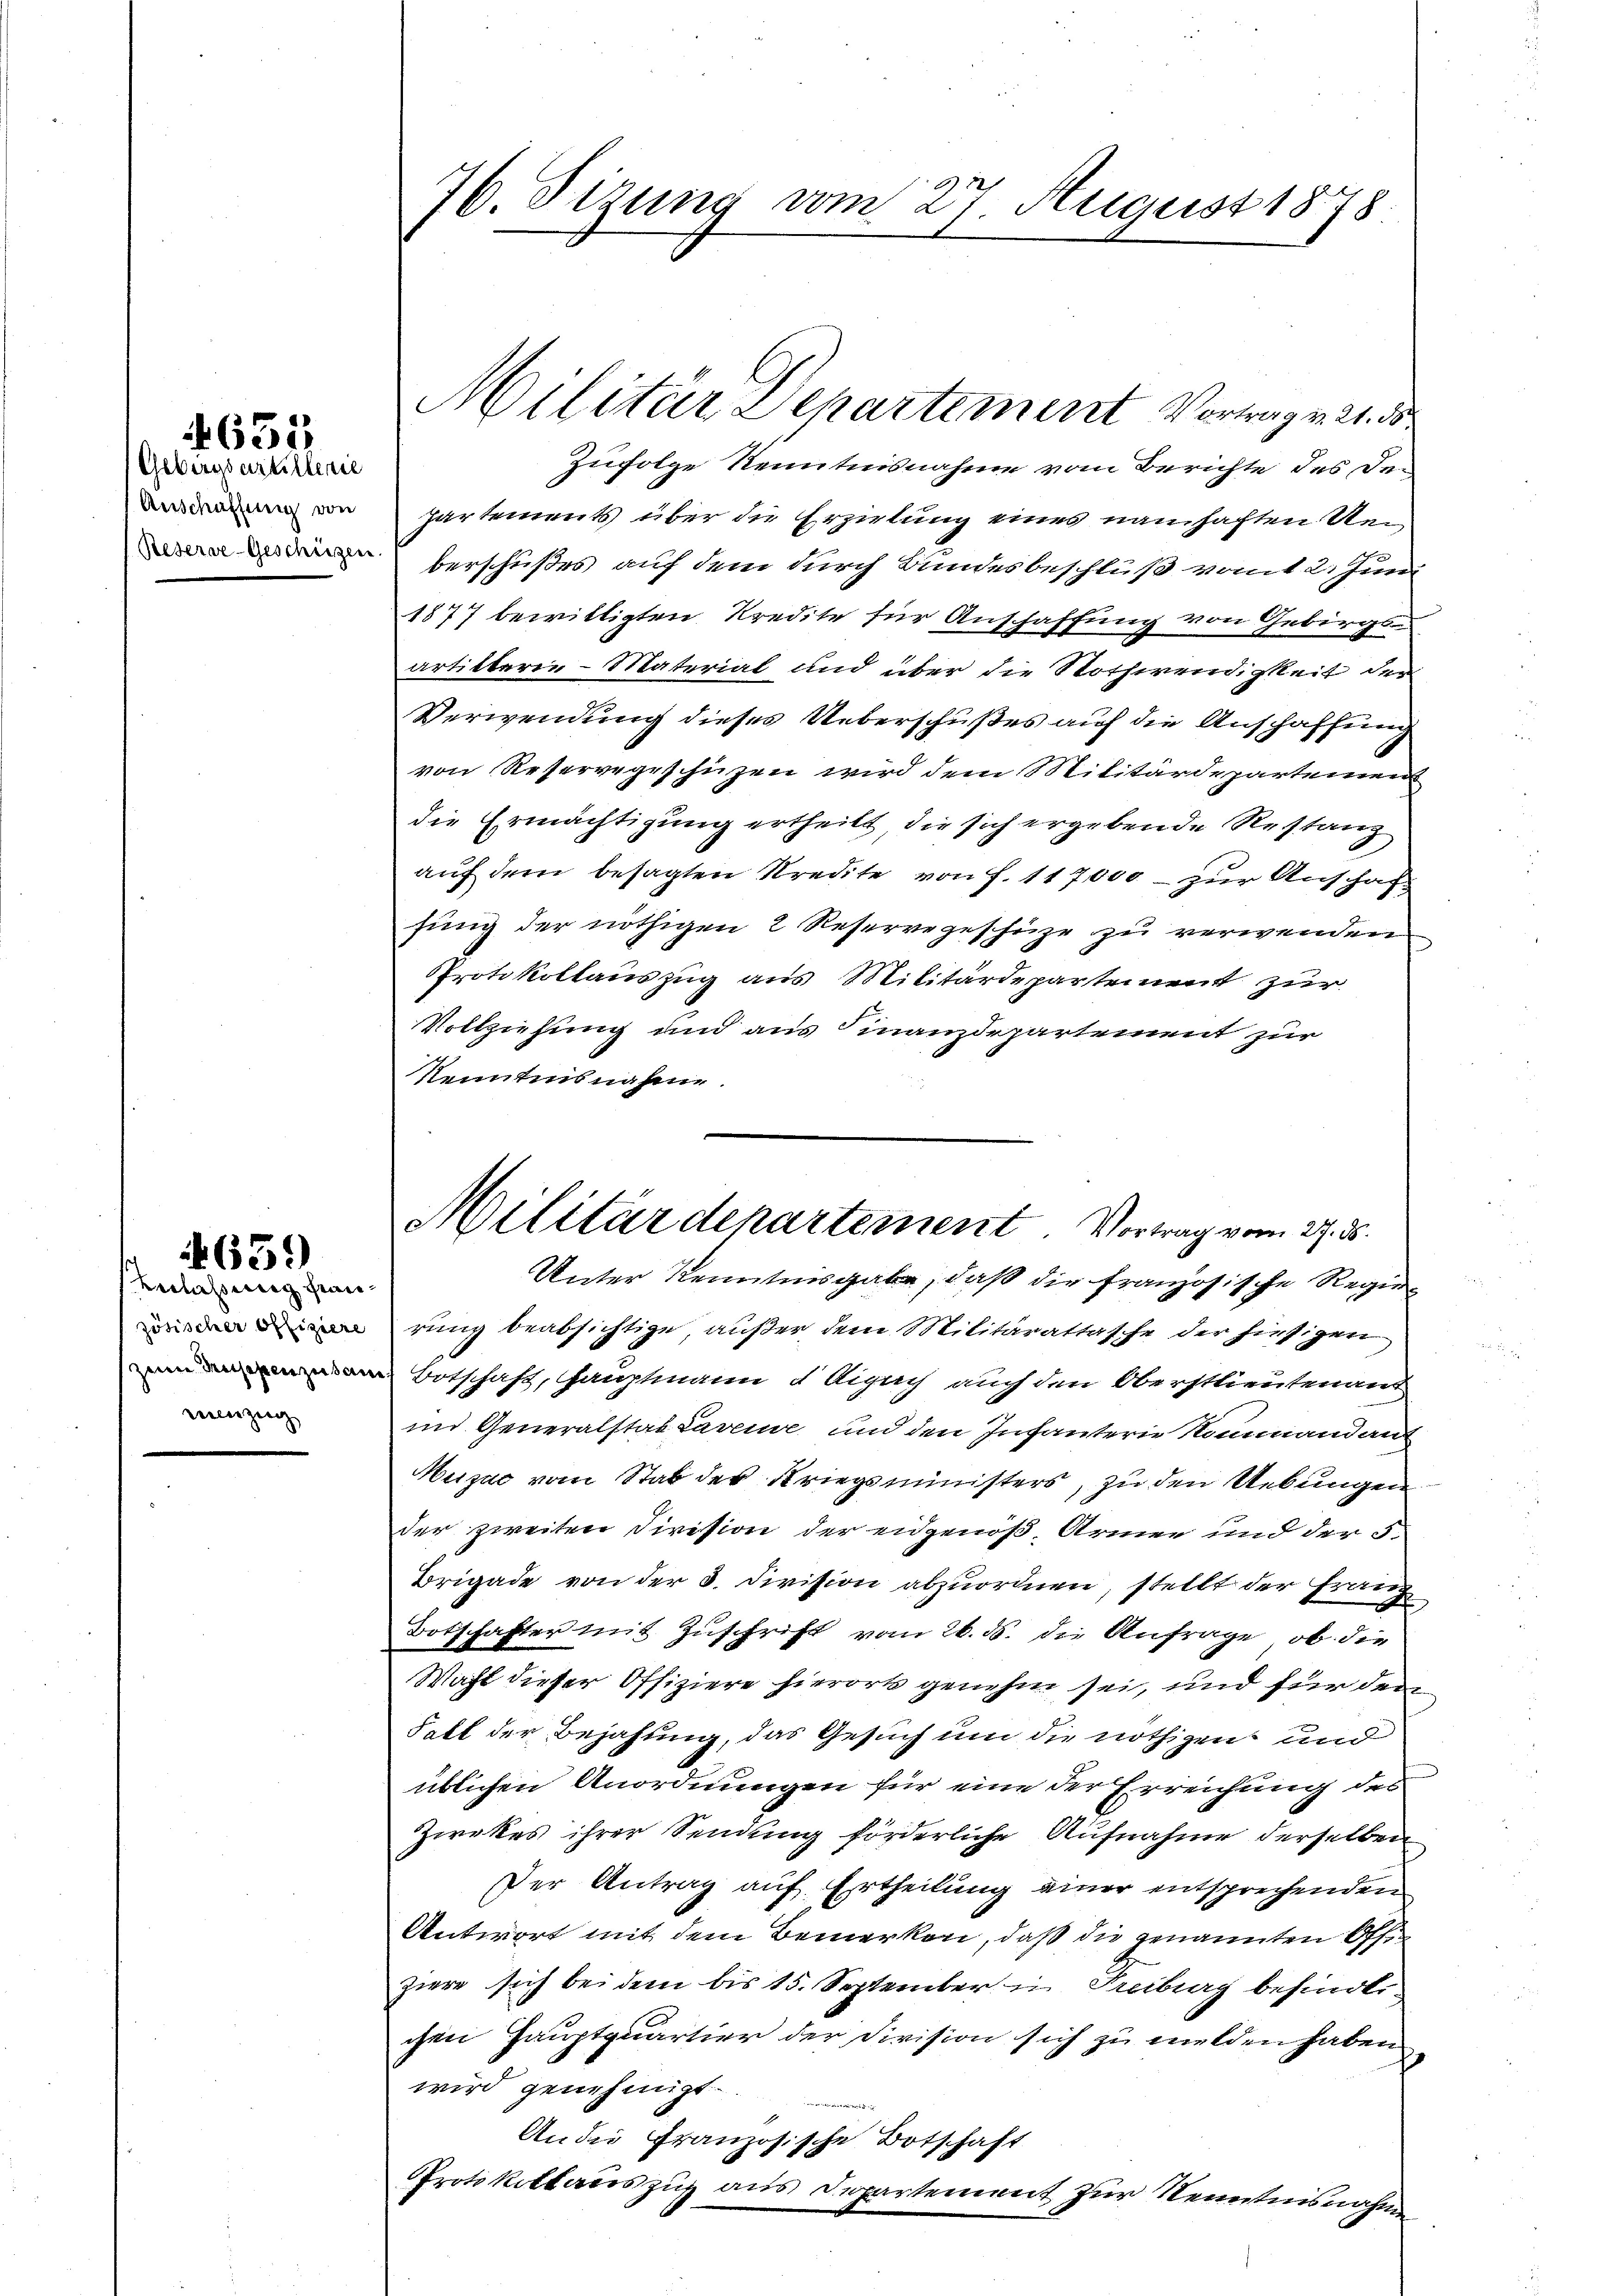
Gebirgsartillenie
Anschaffung von
Reserve-Geschützen

655

verlassung fran
zösischer offiziere
zeine Preisegenzusam
rescrizie

659)

76. Sizung vom 27. August 1878

Militär Departement Vortrag v. 21. 35

Militärdepartement. Vortrag vom 27. ds.

Zufolge Kenntnisnahme vom Berichte des Departements über die Erzielung eines namhaften Ven
berschußes auf dem durch Bundesbeschluß vom 2. Juni
1877 bewilligten Kredite für Anschaffung von Gebirgs-
artikterie-Material und über die Nothwendigkeit der
Verwendung dieses Ueberschußes auf die Anschaffung
von Reservegeschüzen wird dem Militärdepartemen
die Ermächtigung ertheilt, die sich ergebende Restanz
auf dem besagten Kredite von f. 117,000 - zur Anschaf
fung der nöthigen 2 Reservegeschüze zu verwenden
Protokollauszug aus Militärdepartement zur
Vollziehung und aus Finanzdepartement zur
Kenntnisnahme.
Unter Kenntnisgabe, daß die französische Regie
rung beabsichtige, außer dem Militärattasche der hiesigen
Botschaft, Hauptmann d Aisuch auch den Oberstlieutenans
in Generalstab Lavenie und den Infanterie Kommandant
Heizac vom Stab der Kriegsministers, zu den Uebungen
der zweiten Division der eidgenöß- Armen und der 5.
Brigade von der 3. Division abzuordnen, stellt der Franz
Botschafter mit Zuschrift vom 26. ds. die Anfrage, ob die
Wahl dieser Offiziere hierort genehm sei, und für den
Fall der Bejahung, das Gesuch um die nöthigen und
üblichen Anordnungen für eine der Erreichung des
Zirkes ihrer Sendung förderliche Aufnahme derselben
Der Antrag auf Ertheilung einer entsprechenden
Antwort mit dem Bemerken, daß die genannten Offiziere sich bei dem bis 15. September in Freiburg befinder
chen Hauptquartier der Division sich zu melden haben
wird genehmigt
Ander Französische Botschaft
Protokollauszug aus Departement zur Kenntnisnahm